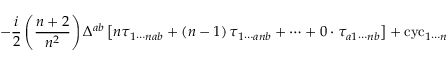
- \frac { i } { 2 } \left( \frac { n + 2 } { n ^ { 2 } } \right) \Delta ^ { a b } \left[ n \tau _ { 1 \cdots n a b } + \left( n - 1 \right) \tau _ { 1 \cdots a n b } + \cdots + 0 \cdot \tau _ { a 1 \cdots n b } \right] + \mathrm { c y c } _ { 1 \cdots n }